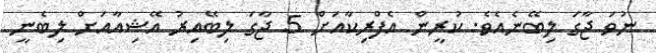
ނުވަ ޖާގަ ލިބޭނެއެވެ. ކުރީން އެފްރިކާއަށް 5 ޖާގަ ލިބޭއިރު އޭޝިއާއަށް ލިބެނީ